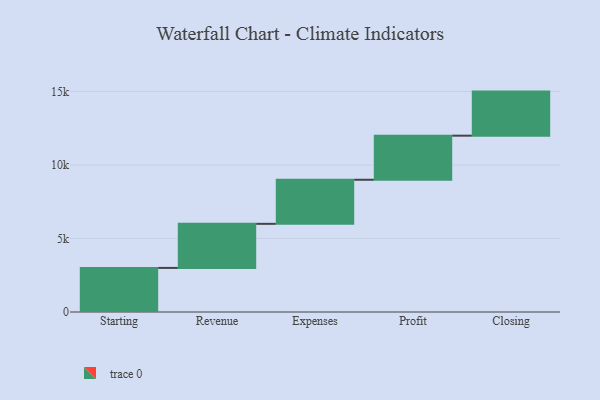
{"axis": {"x": "Step", "y": "Value"}, "legend": [""], "data": [{"x": "Starting", "y": 3000, "type": ""}, {"x": "Revenue", "y": 3000, "type": ""}, {"x": "Expenses", "y": 3000, "type": ""}, {"x": "Profit", "y": 3000, "type": ""}, {"x": "Closing", "y": 3000, "type": ""}]}